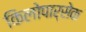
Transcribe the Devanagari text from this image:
किलोपार्सेक